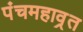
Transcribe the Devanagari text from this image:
पंचमहाव्रत